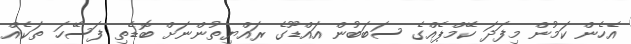
އެހެން ކަމުން މިފަދަ ކޭމްޕެއްގެ ސަބަބުން އައްޑޫގެ ރައްޔިތުންނަށް ބޮޑެތި ފަސޭހަ ތަކެއް